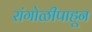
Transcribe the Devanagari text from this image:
रांगोळीपाहून